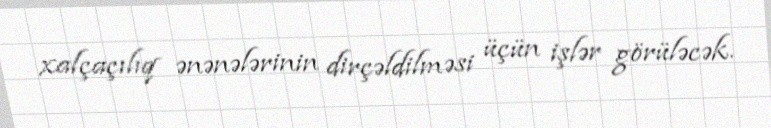
xalçaçılıq ənənələrinin dirçəldilməsi üçün işlər görüləcək.